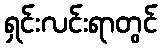
ရှင်းလင်းရာတွင်